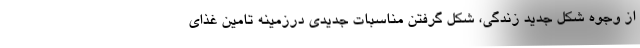
از وجوه شکل جدید زندگی، شکل گرفتن مناسبات جدیدی درزمینه تامین غذای